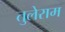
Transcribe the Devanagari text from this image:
तुलेराम